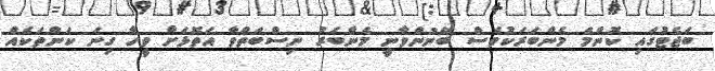
ބަޖެޓުގައި ކޮންމެ މެންބަރަކުވެސް ބޭނުންވާނީ މެންބަރު ނިސްބަތްވާ އަތޮޅަށް ވީހާ ގިނަ ކަންތަކެއް